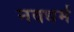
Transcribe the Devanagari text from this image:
नवधर्म